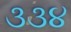
૩૩૪